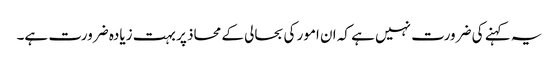
یہ کہنے کی ضرورت نہیں ہے کہ ان امور کی بحالی کے محاذ پر بہت زیادہ ضرورت ہے۔